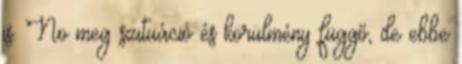
is. No meg szituáció és körülmény függő, de ebbe